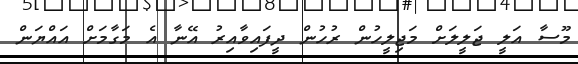
މޫސާ އަލީ ޖަލީލަށް މަޖިލީހުން ރުހުން ދީފައިވާއިރު އޭނާ އެ މަގާމަށް އައްޔަން